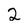
Character: 2